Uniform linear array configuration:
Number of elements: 16
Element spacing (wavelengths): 0.25
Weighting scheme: uniform
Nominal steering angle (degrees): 60
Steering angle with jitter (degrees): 58.839
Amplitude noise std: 0.05
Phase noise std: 0.05

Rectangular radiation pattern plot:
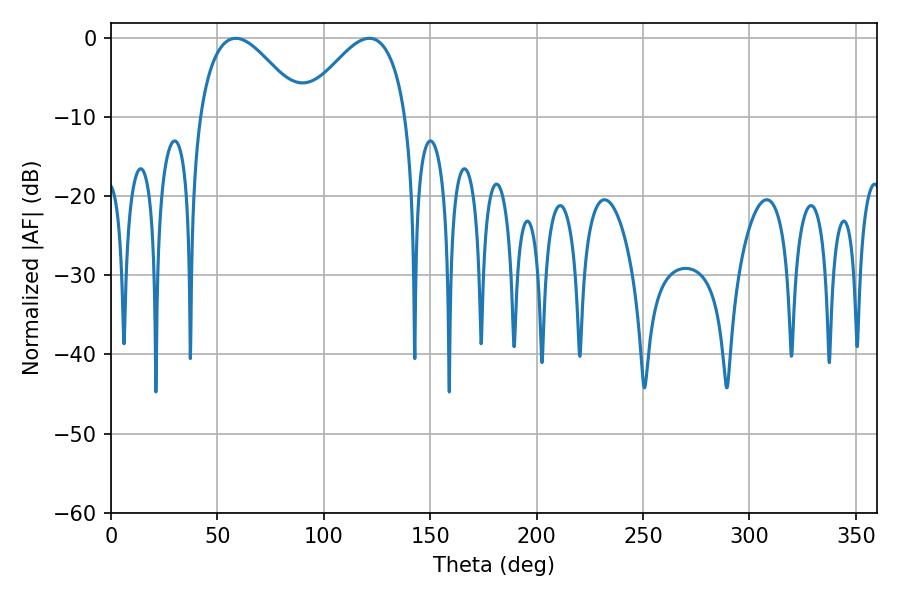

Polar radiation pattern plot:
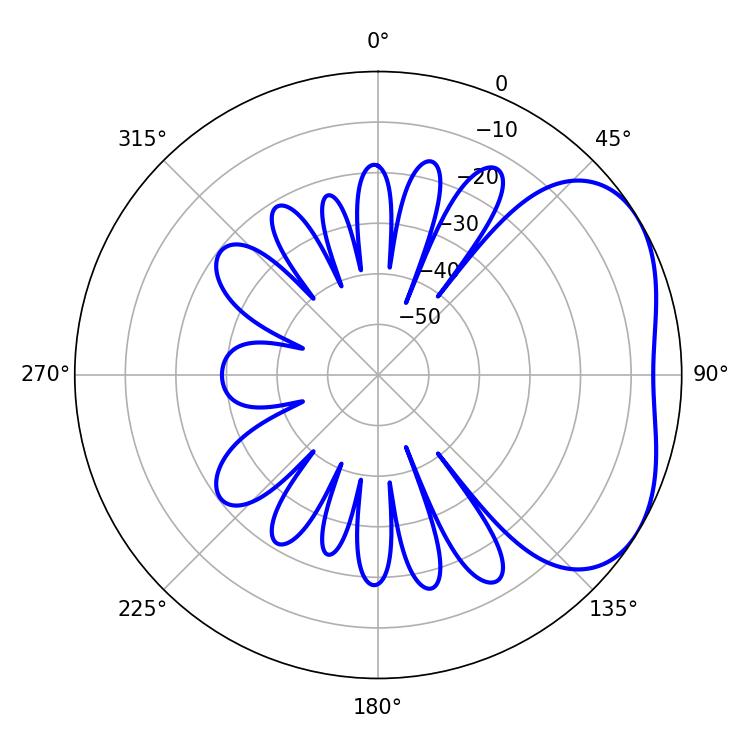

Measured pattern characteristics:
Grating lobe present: FALSE
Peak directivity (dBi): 3.586
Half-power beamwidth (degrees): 26.46
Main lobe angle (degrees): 58.68